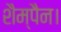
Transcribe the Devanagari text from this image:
शैम्पैन।